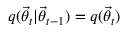
q ( \ensuremath { \vec { \theta } } _ { t } | \ensuremath { \vec { \theta } } _ { t - 1 } ) = q ( \ensuremath { \vec { \theta } } _ { t } )